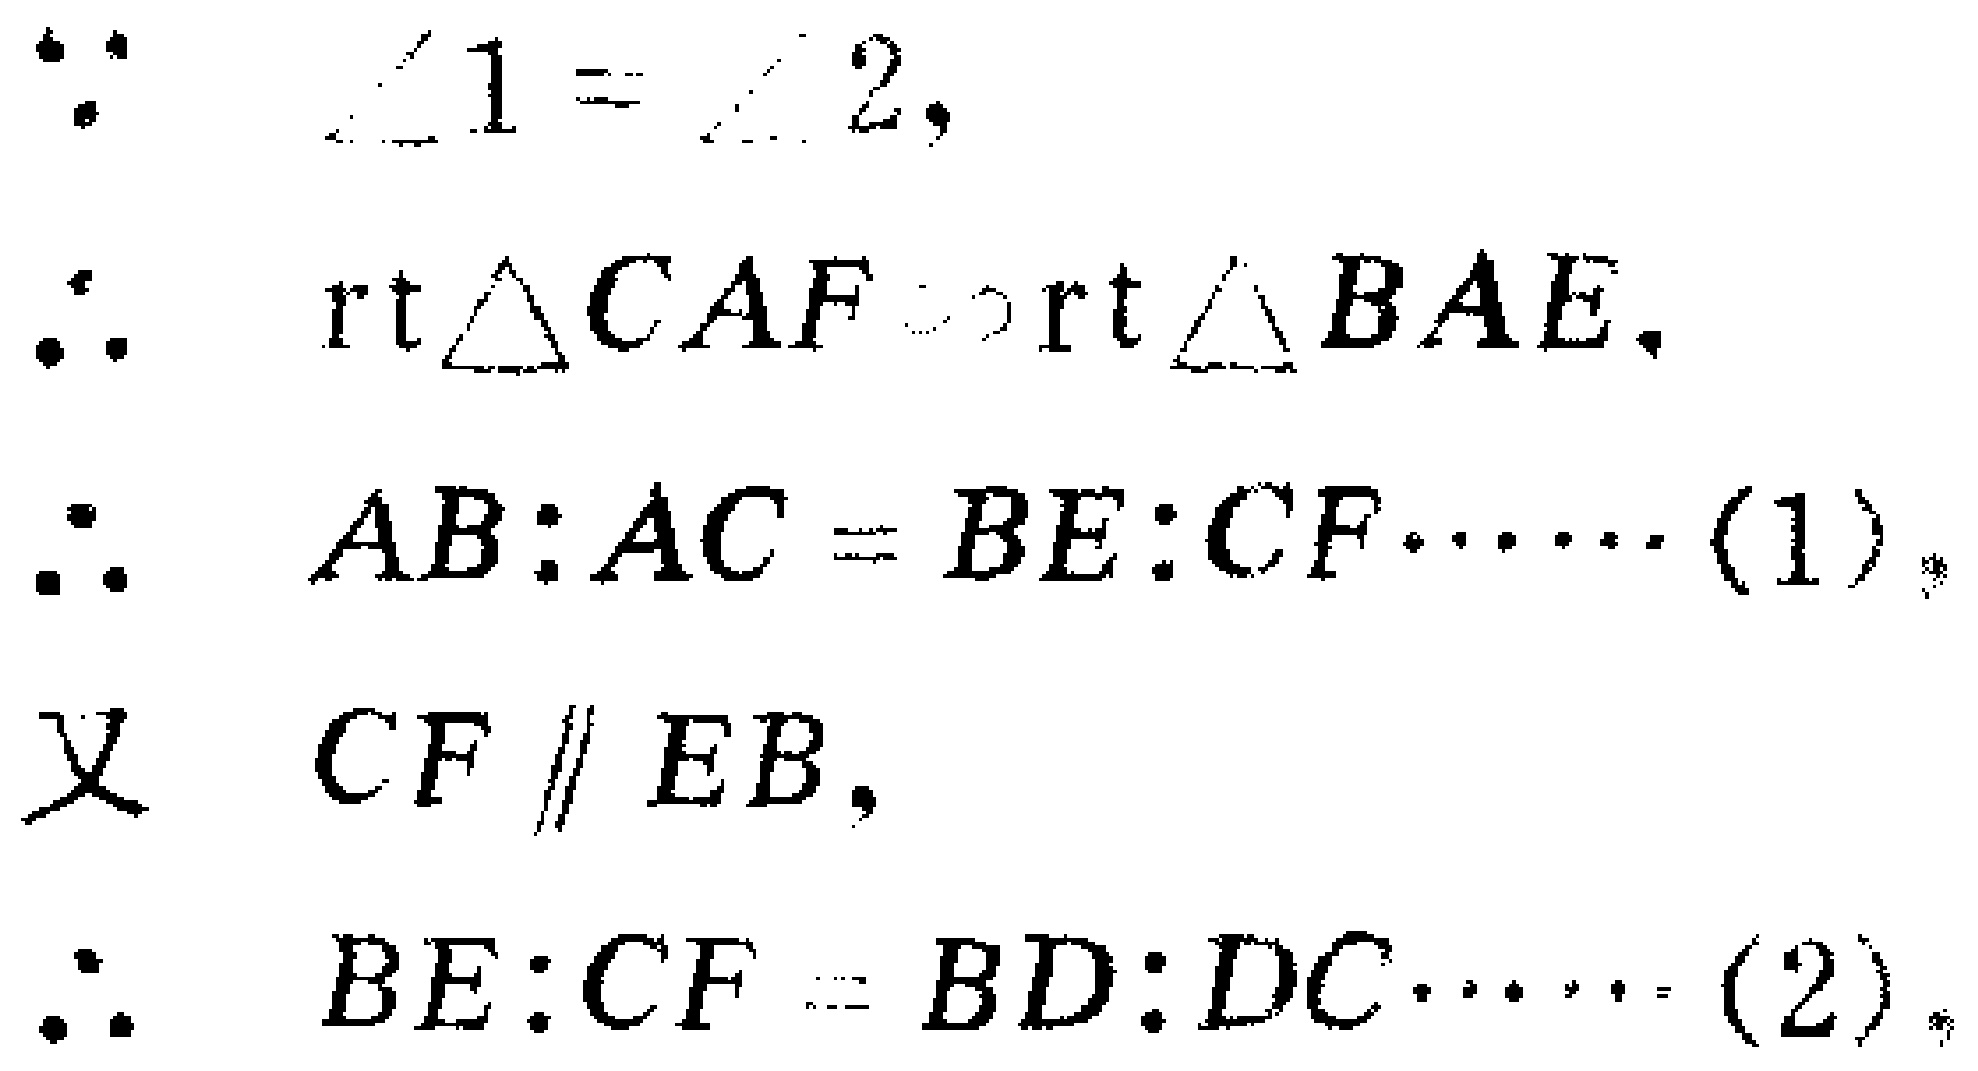
\begin{align*}

&\because\angle1 = \angle2,\\

&\therefore \text{rt}\triangle CAF\sim\text{rt}\triangle BAE,\\

&\therefore AB:AC = BE:CF\cdots\cdots(1),\\

&\text{又}\ CF\parallel EB,\\

&\therefore BE:CF = BD:DC\cdots\cdots(2).

\end{align*}